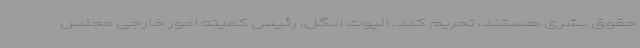
حقوق بشری هستند، تحریم کند. الیوت انگل، رئیس کمیته امور خارجی مجلس